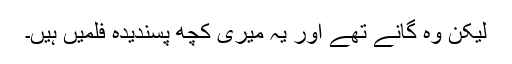
لیکن وہ گانے تھے اور یہ میری کچھ پسندیدہ فلمیں ہیں۔